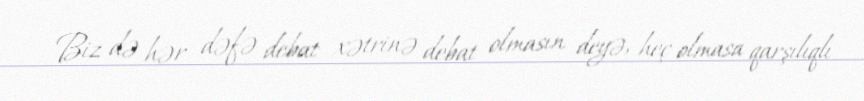
Biz də hər dəfə debat xətrinə debat olmasın deyə, heç olmasa qarşılıqlı